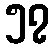
၅၇